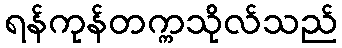
ရန်ကုန်တက္ကသိုလ်သည်